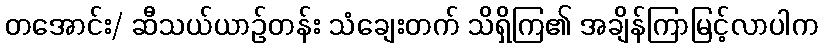
တအောင်း/ ဆီသယ်ယာဉ်တန်း သံချေးတက် သိရှိကြ၏ အချိန်ကြာမြင့်လာပါက